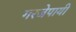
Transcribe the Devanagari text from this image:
गरजेपायी